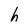
Character: h